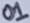
Text: 01